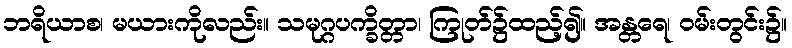
ဘရိယာစ၊ မယားကိုလည်း။ သမုဂ္ဂပက္ခိတ္တာ၊ ကြုတ်၌ထည့်၍။ အန္တရေ၊ ဝမ်းတွင်း၌။